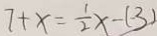
7 + x = \frac { 1 } { 2 } x - ( - 3 )